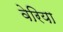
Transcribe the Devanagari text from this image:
वेरिया